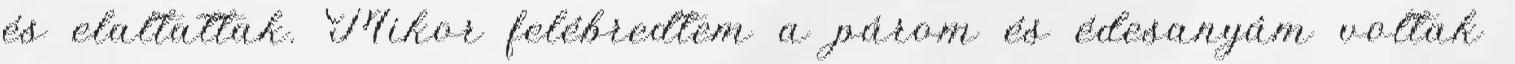
és elaltattak. Mikor felébredtem a párom és édesanyám voltak